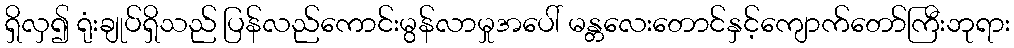
ရှိလှ၍ ရုံးချုပ်ရှိသည် ပြန်လည်ကောင်းမွန်လာမှုအပေါ် မန္တလေးတောင်နှင့်ကျောက်တော်ကြီးဘုရား